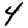
Digit: 4